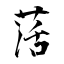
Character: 萿